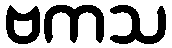
ဗကသ